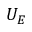
U _ { E }